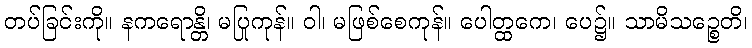
တပ်ခြင်းကို။ နကရောန္တိ၊ မပြုကုန်။ ဝါ၊ မဖြစ်စေကုန်။ ပေါတ္ထကေ၊ ပေ၌။ သာမိသဉ္စေတိ၊